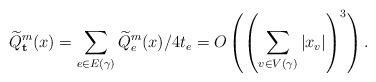
LaTeX: \begin{align*} \widetilde{Q}_{\mathbf{t}}^m(x) = \sum_{e \in E(\gamma)} \widetilde{Q}^m_e(x)/4t_e = O\left(\left(\sum_{v \in V(\gamma)} |x_v|\right)^3\right).\end{align*}